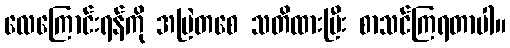
လေကြောင်းရန်ကို အမြဲတစေ သတိထားပြီး စာသင်ကြရတာပါ။